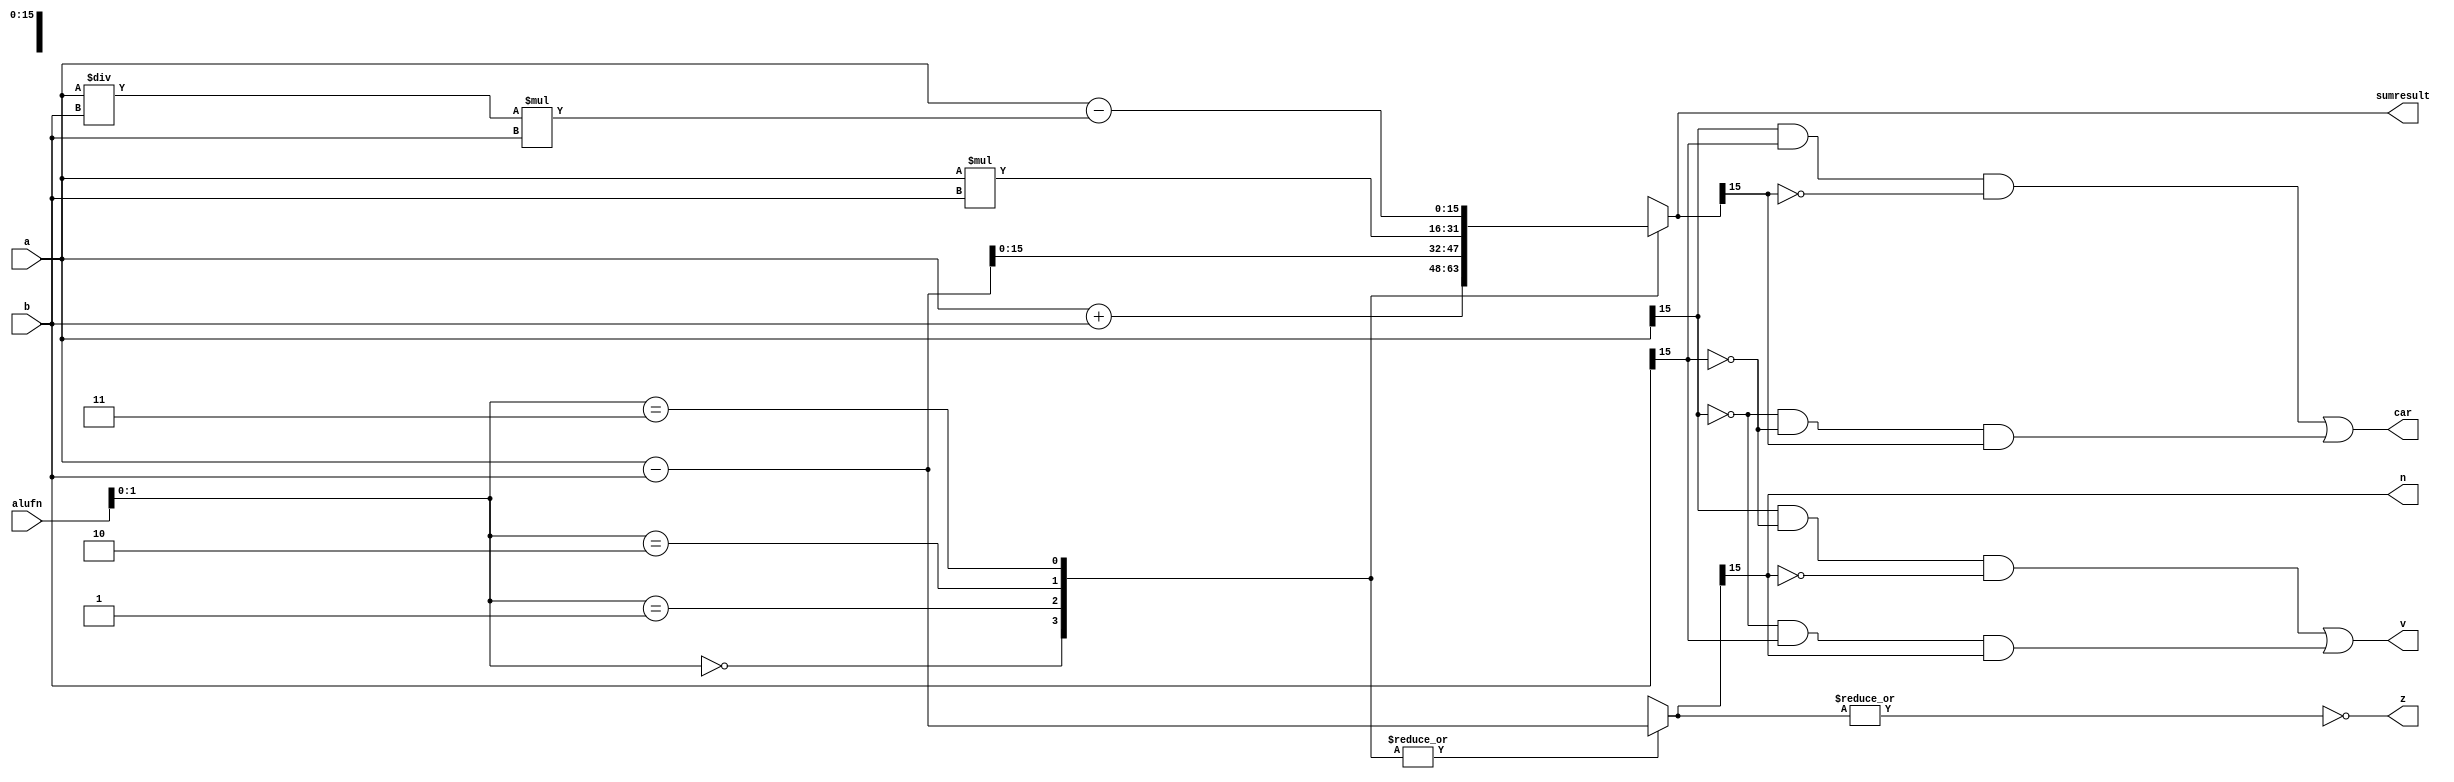
/*
   This file was generated automatically by the Mojo IDE version B1.3.6.
   Do not edit this file directly. Instead edit the original Lucid source.
   This is a temporary file and any changes made to it will be destroyed.
*/

module adder_9 (
    input [5:0] alufn,
    input [15:0] a,
    input [15:0] b,
    output reg [15:0] sumresult,
    output reg z,
    output reg v,
    output reg n,
    output reg car
  );
  
  
  
  reg [16:0] sum;
  
  reg [16:0] diff;
  
  always @* begin
    
    case (alufn[0+1-:2])
      2'h0: begin
        sum = a + b;
        diff = a - b;
      end
      2'h1: begin
        sum = a - b;
        diff = a - b;
      end
      2'h2: begin
        sum = a * b;
        diff = a - b;
      end
      2'h3: begin
        sum = a - ((a / b) * b);
        diff = a - b;
      end
      default: begin
        sum = a + b;
        diff = a - b;
      end
    endcase
    sumresult = sum[0+15-:16];
    n = diff[15+0-:1];
    v = (a[15+0-:1] & ~b[15+0-:1] & ~diff[15+0-:1]) | (~a[15+0-:1] & b[15+0-:1] & diff[15+0-:1]);
    car = (a[15+0-:1] & b[15+0-:1] & ~sum[15+0-:1]) | (~a[15+0-:1] & ~b[15+0-:1] & sum[15+0-:1]);
    z = (~|diff);
  end
endmodule